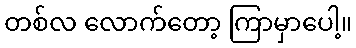
တစ်လ လောက်တော့ ကြာမှာပေါ့။